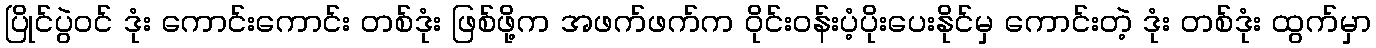
ပြိုင်ပွဲဝင် ဒုံး ကောင်းကောင်း တစ်ဒုံး ဖြစ်ဖို့က အဖက်ဖက်က ဝိုင်းဝန်းပံ့ပိုးပေးနိုင်မှ ကောင်းတဲ့ ဒုံး တစ်ဒုံး ထွက်မှာ